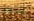
لتجاوز